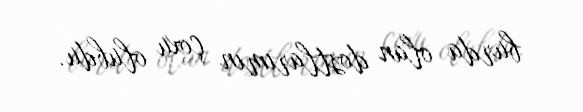
burda olan dostlarımın çoxu olubdu.